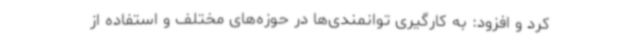
کرد و افزود: به کارگیری توانمندی‌ها در حوزه‌های مختلف و استفاده از